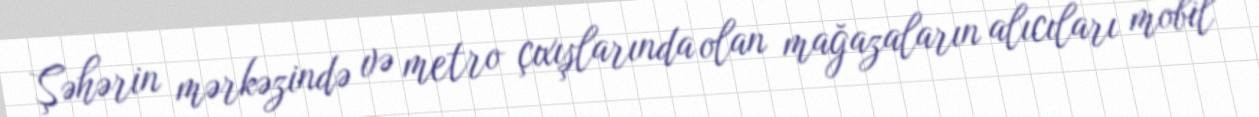
Şəhərin mərkəzində və metro çıxışlarında olan mağazaların alıcıları mobil